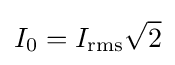
I_{0}=I_{\mathrm {rms} }{\sqrt {2}}\,\!